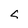
Character: 5